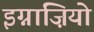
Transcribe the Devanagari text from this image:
इग्नाज़ियो